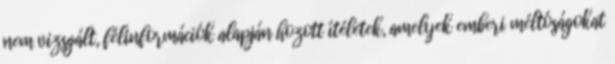
nem vizsgált, félinformációk alapján hozott ítéletek, amelyek emberi méltóságokat